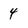
Character: 4